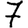
Digit: 7